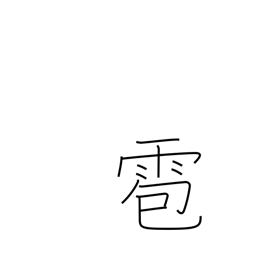
Meaning: hail